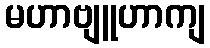
မဟာဗျူဟာကျ